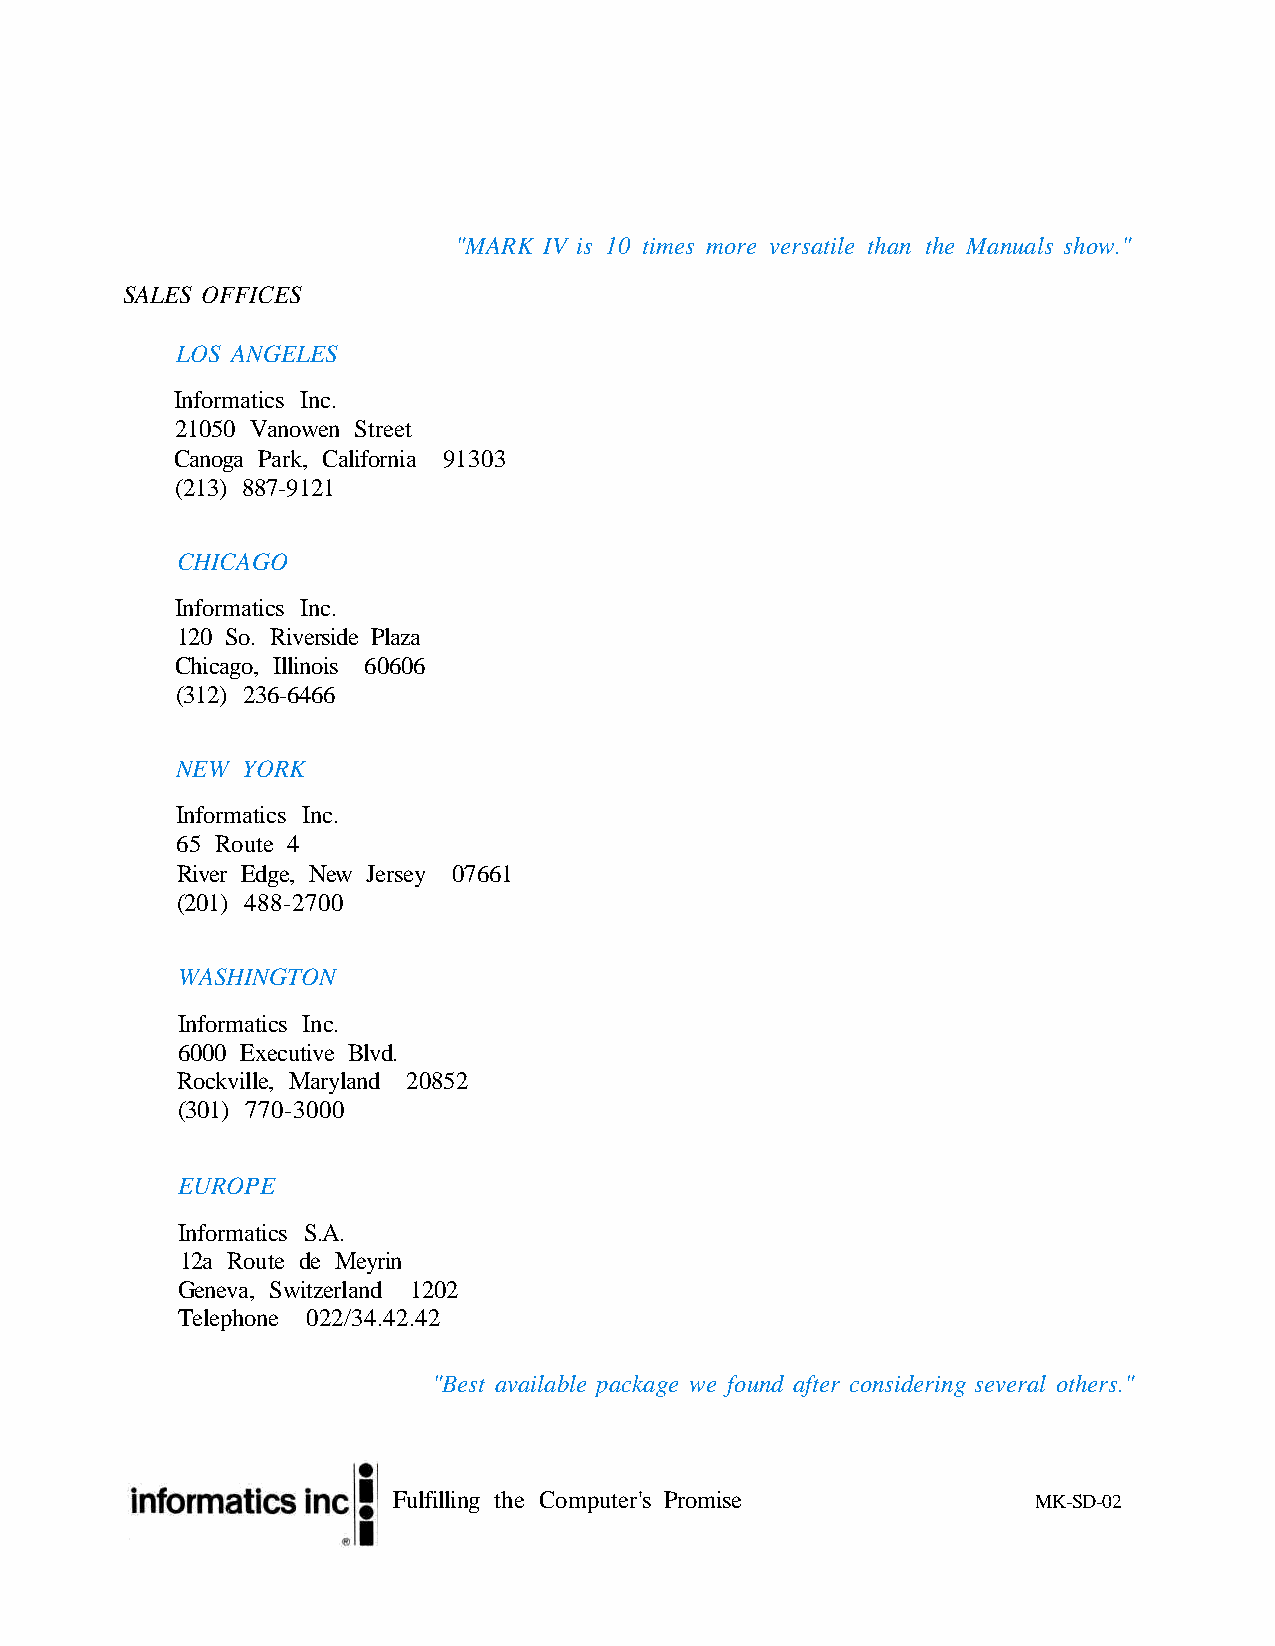
"MARK IV is 10 times more versatile than the Manuals show."
 SALES OFFICES
 LOS ANGELES
 Informatics Inc.
 21050 Vanowen Street
 Canoga Park, California 91303
 (213) 887-9121
 CHICAGO
 Informatics Inc.
 120 So. Riverside Plaza
 Chicago, Illinois 60606
 (312) 236-6466
 NEW YORK
 Informatics Inc.
 65 Route 4
 River Edge, New Jersey 07661
 (201) 488-2700
 WASHINGTON
 Informatics Inc.
 6000 Executive Blvd.
 Rockville, Maryland 20852
 (301) 770-3000
 EUROPE
 Informatics S.A.
 12a Route de Meyrin
 Geneva, Switzerland 1202
 Telephone 022/34.42.42
 "Best available package we found after considering several others."
 Fulfilling the Computer's Promise          MK-SD-02